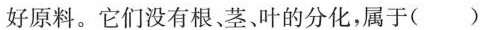
好原料。它们没有根、茎、叶的分化，属于()